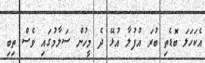
އެކަހަލަ ބޮޑެތި ބުރަ އުފުލާ އުޅޭ ދެ މީހުން ސަލާމުގައި ވެސް ތިބި